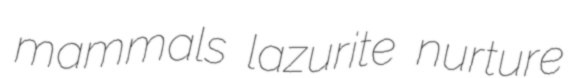
mammals lazurite nurture